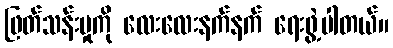
ဖြတ်သန်းမှုကို လေးလေးနက်နက် ရေးဖွဲ့ပါတယ်။